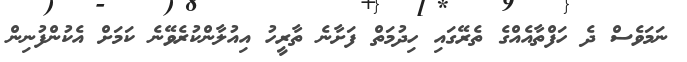
ނަމަވެސް ދެ ހަފްތާއެއްގެ ތެރޭގައި ހިދުމަތް ފަށާނެ ތާރީހު އިއުލާންކުރެވޭނެ ކަމަށް އެކުންފުނިން